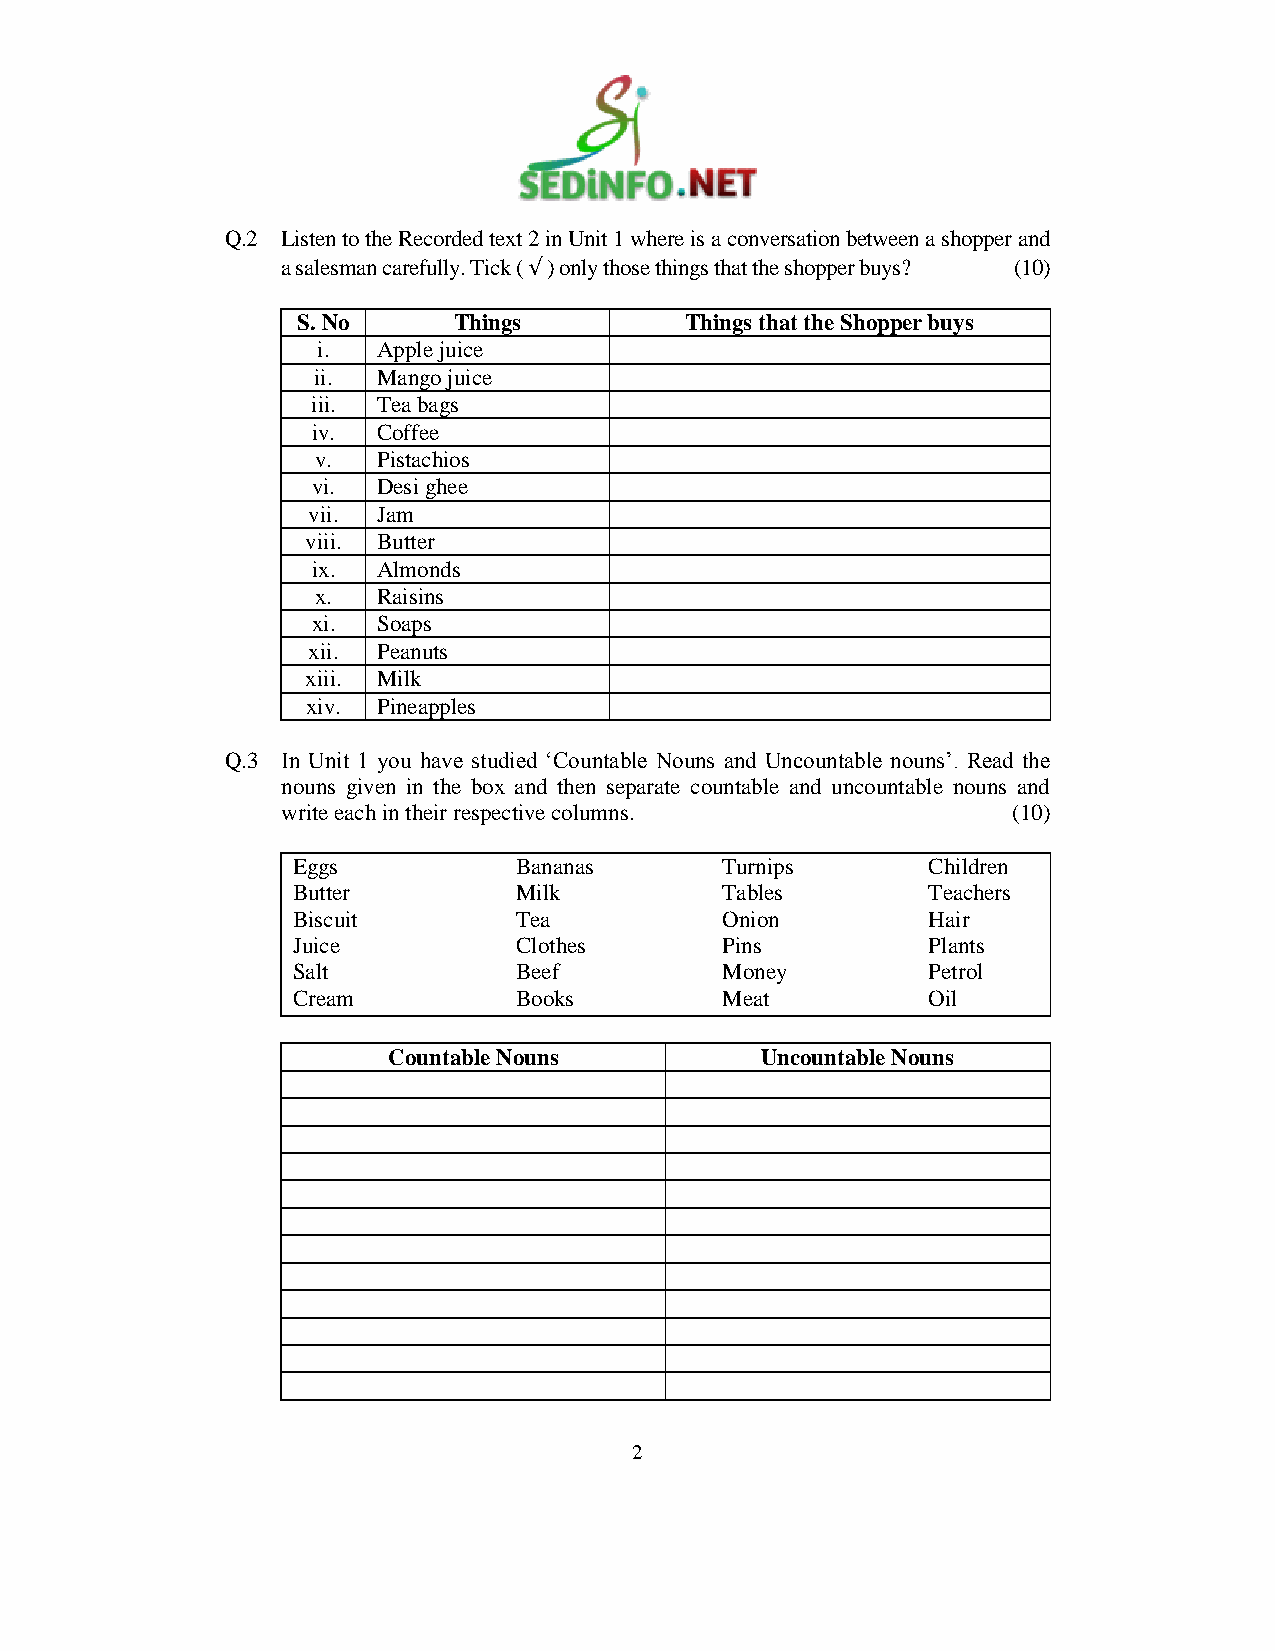
Q.2 Listen to the Recorded text 2 in Unit 1 where is a conversation between a shopper and
 a salesman carefully. Tick ( √ ) only those things that the shopper buys? (10)
 S. No     Things         Things that the Shopper buys
 i.  Apple juice
 ii. Mango juice
 iii. Tea bags
 iv. Coffee
 v.  Pistachios
 vi. Desi ghee
 vii. Jam
 viii. Butter
 ix. Almonds
 x.  Raisins
 xi. Soaps
 xii. Peanuts
 xiii. Milk
 xiv. Pineapples
 Q.3 In Unit 1 you have studied „Countable Nouns and Uncountable nouns‟. Read the
 nouns given in the box and then separate countable and uncountable nouns and
 write each in their respective columns.         (10)
 Eggs           Bananas       Turnips      Children
 Butter         Milk          Tables       Teachers
 Biscuit        Tea           Onion        Hair
 Juice          Clothes       Pins         Plants
 Salt           Beef          Money        Petrol
 Cream          Books         Meat         Oil
 Countable Nouns         Uncountable Nouns
 2